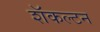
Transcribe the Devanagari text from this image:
शॅकल्टन